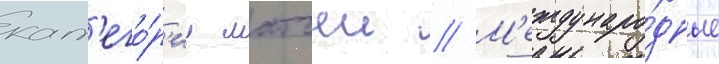
кат'его́р'иу матчеи // М'еждунаро́дные